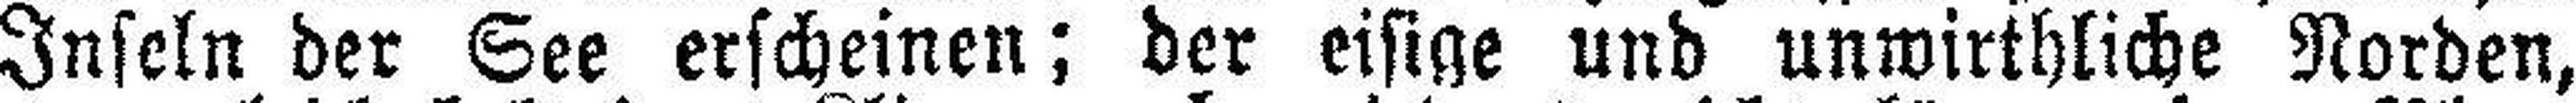
Inseln der See erscheinen; der eisige und unwirthliche Norden,